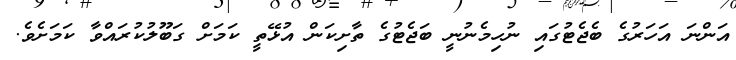
އަންނަ އަހަރުގެ ބެޖެޓުގައި ނުހިމެނުނީ ބަޖެޓުގެ ތާށިކަން އުޅޭތީ ކަަމަށް ގަބޫލުކުރައްވާ ކަމަށެެވެ.